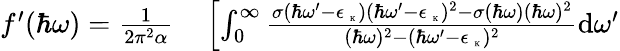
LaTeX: \begin{array}{rl}{f^{\prime}(\hbar\omega)=\frac{1}{2\pi^{2}\alpha}}&{{}\left[\int_{0}^{\infty}\frac{\sigma(\hbar\omega^{\prime}-\epsilon_{\mathrm{~\tiny~K~}})(\hbar\omega^{\prime}-\epsilon_{\mathrm{~\tiny~K~}})^{2}-\sigma(\hbar\omega)(\hbar\omega)^{2}}{(\hbar\omega)^{2}-(\hbar\omega^{\prime}-\epsilon_{\mathrm{~\tiny~K~}})^{2}}\mathrm{d}\omega^{\prime}\right.}\end{array}